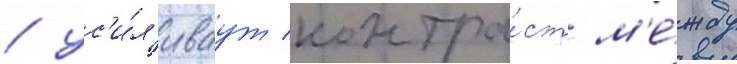
/ ус'и́л'иваут контра́ст м'е́жду